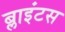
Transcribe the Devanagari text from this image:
ब्लाइंटस